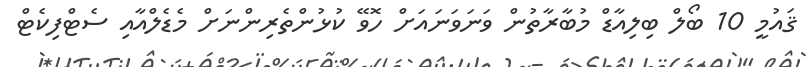
ޤައުމީ 10 ބޯލް ބިލިއާޑް މުބާރާތުން ވަނަވަނައަށް ހޮވޭ ކުޅުންތެރިންނަށް މެޑެލްއާއި ސެޓްފިކެޓް